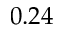
0 . 2 4